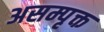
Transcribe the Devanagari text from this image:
असम्पृक्त